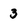
Character: 3